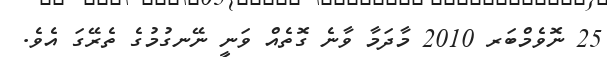
25 ނޮވެމްބަރ 2010 މާދަމާ ވާނެ ގޮތެއް ވަނީ ނޭނގުމުގެ ތެރޭގަ އެވެ.